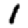
Digit: 1